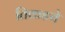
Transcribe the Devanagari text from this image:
तिकडचे